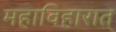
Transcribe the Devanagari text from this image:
महाविहारात